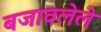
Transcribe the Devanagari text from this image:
बजावलेले